Report on horse surra - Volume II, Part II
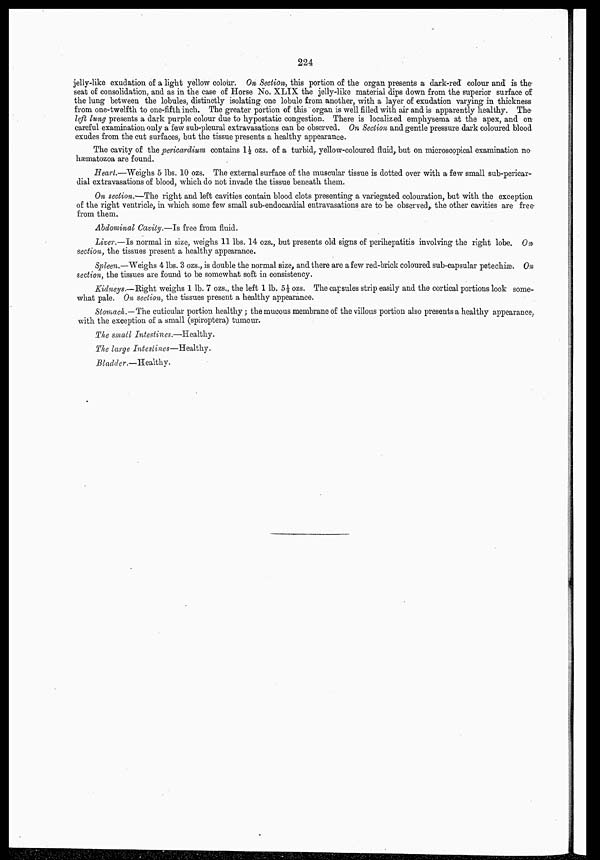
224
jelly-like exudation of a light yellow colour. On Section, this portion of the organ presents a dark-red colour and is the
seat of consolidation, and as in the case of Horse No. XLIX the jelly-like material dips down from the superior surface of
the lung between the lobules, distinctly isolating one lobule from another, with a layer of exudation varying in thickness
from one-twelfth to one-fifth inch. The greater portion of this organ is well filled with air and is apparently healthy. The
left lung presents a dark purple colour due to hypostatic congestion. There is localized emphysema at the apex, and on
careful examination only a few sub-pleural extravasations can be observed. On Section and gentle pressure dark coloured blood
exudes from the cut surfaces, but the tissue presents a healthy appearance.
The cavity of the pericardium contains 1½ ozs. of a turbid, yellow-coloured fluid, but on microscopical examination no
hæmatozoa are found.
Heart.—Weighs 5 lbs. 10 ozs. The external surface of the muscular tissue is dotted over with a few small sub-perical-
dial extravasations of blood, which do not invade the tissue beneath them.
On section.—The right and left cavities contain blood clots presenting a variegated colouration, but with the exception
of the right ventricle, in which some few small sub-endocardial entravasations are to be observed, the other cavities are free
from them.
Abdominal Cavity.—Is free from fluid.
Liver.—Is normal in size, weighs 11 lbs. 14 ozs., but presents old signs of perihepatitis- involving the right lobe. On
section, the tissues present a healthy appearance.
Spleen.—Weighs 4 lbs. 3 ozs., is double the normal size, and there are a few red-brick coloured sub-capsular petechiæ. On
section, the tissues are found to be somewhat soft in consistency.
Kidneys.—Right weighs 1 lb. 7 ozs., the left 1 lb. 5½ ozs. The capsules strip easily and the cortical portions look some-
what pale. On section, the tissues present a healthy appearance.
Stomach.—The cuticular portion healthy ; the mucous membrane of the villous portion also presents a healthy appearance,
with the exception of a small (spiroptera) tumour.
The small Intestines.—Healthy.
The large Intestines—Healthy.
Bladder.—Healthy.